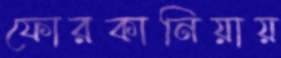
ফোরকানিয়ায়